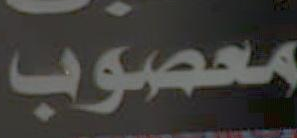
معصوب